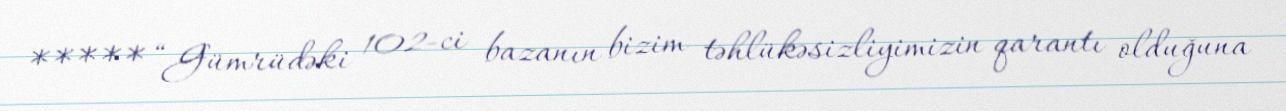
***** “Gümrüdəki 102-ci bazanın bizim təhlükəsizliyimizin qarantı olduğuna